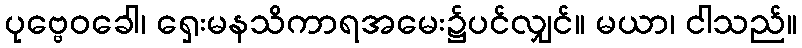
ပုဗ္ဗေဝခေါ၊ ရှေးမနသိကာရအမေး၌ပင်လျှင်။ မယာ၊ ငါသည်။